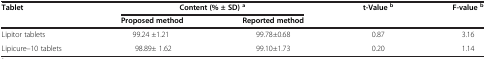
<table><thead><tr><td rowspan="2"><b>Tablet</b></td><td colspan="2"><b>Content (% ± SD)<sup>a</sup></b></td><td rowspan="2"><b>t-Value<sup>b</sup></b></td><td rowspan="2"><b>F-value<sup>b</sup></b></td></tr><tr><td><b>Proposed method</b></td><td><b>Reported method</b></td></tr></thead><tbody><tr><td>Lipitor tablets</td><td>99.24 ±1.21</td><td>99.78±0.68</td><td>0.87</td><td>3.16</td></tr><tr><td>Lipicure–10 tablets</td><td>98.89± 1.62</td><td>99.10±1.73</td><td>0.20</td><td>1.14</td></tr></tbody></table>